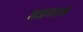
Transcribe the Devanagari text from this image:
डडवाल